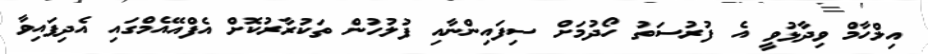
އިލްހާމް ވިދާޅުވީ އެ ފުރުސަތު ހޯދުމަށް ސިފައިންނާއި ފުލުހުން ތަކުރާރުކޮށް އެފްއޭއެމްގައި އެދިފައިވާ